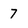
Character: 7